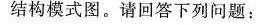
结构模式图。请回答下列问题：